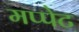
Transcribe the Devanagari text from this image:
मप्पेट